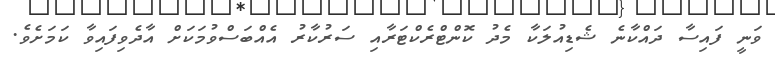
ވަނީ ފައިސާ ދައްކާނެ ޝެޑިއުލަކާ މެދު ކޮންޓްރެކްޓަރާއި ސަރުކާރު އެއްބަސްވުމަކަށް އާދެވިފައިވާ ކަމަށެވެ.